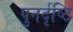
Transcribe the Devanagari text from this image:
पुनर्दृष्टि